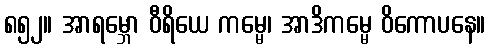
၈၅၂။ အာရမ္ဘော ဝီရိယေ ကမ္မေ၊ အာဒိကမ္မေ ဝိကောပနေ။